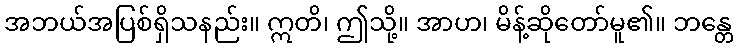
အဘယ်အပြစ်ရှိသနည်း။ ဣတိ၊ ဤသို့။ အာဟ၊ မိန့်ဆိုတော်မူ၏။ ဘန္တေ